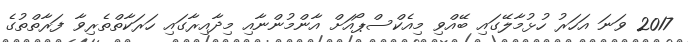
2017 ވަނަ އަހަރު ހުޅުމާލޭގައި ބޭއްވި މިއެކްސްޕޯއަށް އާންމުންނާއި މިދާއިރާގައި ހަރަކާތްތެރިވާ ފަރާތްތުގެ